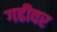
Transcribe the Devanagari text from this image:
गढीवर